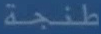
طنجة